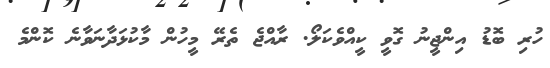
ހުރި ބޮޑު އިންޖީނު ގޮވީ ކީއްވެކަލޯ. ރާއްޖެ ތެރޭ މީހުން މާކުޅަދާނަވާނެ ކޮންމެ